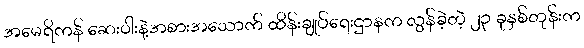
အမေရိကန် ဆေးဝါးနဲ့အစားအသောက် ထိန်းချုပ်ရေးဌာနက လွန်ခဲ့တဲ့ ၂၃ ခုနှစ်တုန်းက